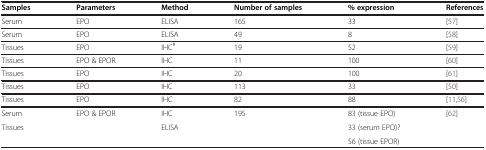
<table><thead><tr><td><b>Samples</b></td><td><b>Parameters</b></td><td><b>Method</b></td><td><b>Number of samples</b></td><td><b>% expression</b></td><td><b>References</b></td></tr></thead><tbody><tr><td>Serum</td><td>EPO</td><td>ELISA</td><td>165</td><td>33</td><td>[57]</td></tr><tr><td>Serum</td><td>EPO</td><td>ELISA</td><td>49</td><td>8</td><td>[58]</td></tr><tr><td>Tissues</td><td>EPO</td><td>IHC<sup>#</sup></td><td>19</td><td>52</td><td>[59]</td></tr><tr><td>Tissues</td><td>EPO &amp; EPOR</td><td>IHC</td><td>11</td><td>100</td><td>[60]</td></tr><tr><td>Tissues</td><td>EPO</td><td>IHC</td><td>20</td><td>100</td><td>[61]</td></tr><tr><td>Tissues</td><td>EPO</td><td>IHC</td><td>113</td><td>33</td><td>[50]</td></tr><tr><td>Tissues</td><td>EPO</td><td>IHC</td><td>82</td><td>88</td><td>[11,56]</td></tr><tr><td>Serum</td><td>EPO &amp; EPOR</td><td>IHC</td><td>195</td><td>83 (tissue EPO)</td><td>[62]</td></tr><tr><td>Tissues</td><td> </td><td>ELISA</td><td> </td><td>33 (serum EPO)?</td><td> </td></tr><tr><td> </td><td> </td><td> </td><td> </td><td>56 (tissue EPOR)</td><td> </td></tr></tbody></table>